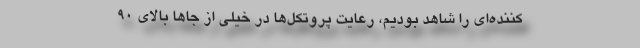
‌کننده‌ای را شاهد بودیم، رعایت پروتکل‌ها در خیلی از جاها بالای ۹۰